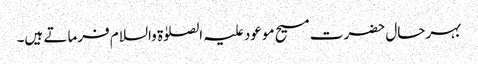
بہرحال حضرت مسیح موعود علیہ الصلوٰۃ والسلام فرماتے ہیں۔